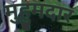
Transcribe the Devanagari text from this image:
मुहुमदार